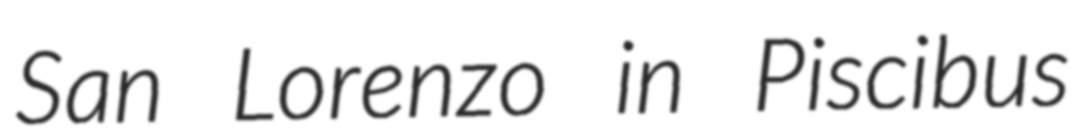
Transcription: San Lorenzo in Piscibus